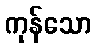
ကုန်သော